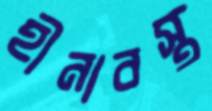
হীনাবস্থ